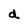
Character: a